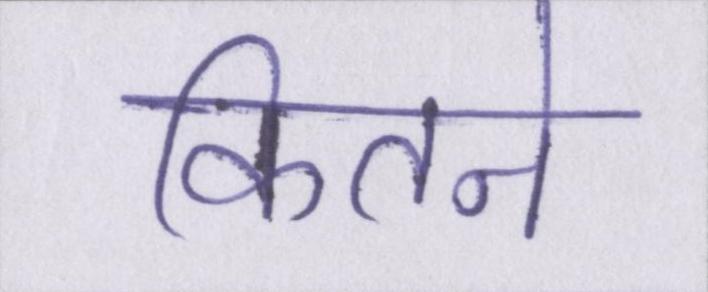
कितने